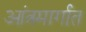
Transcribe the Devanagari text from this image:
आंत्रमार्गात